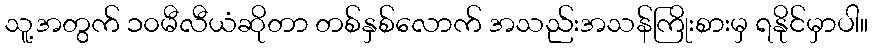
သူ့အတွက် ၁၀မီလီယံဆိုတာ တစ်နှစ်လောက် အသည်းအသန်ကြိုးစားမှ ရနိုင်မှာပါ။